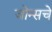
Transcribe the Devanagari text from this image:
जोन्सचे